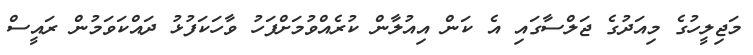
މަޖިލީހުގެ މިއަދުގެ ޖަލްސާގައި އެ ކަން އިއުލާން ކުރެއްވުމަށްފަހު ވާހަކަފުޅު ދައްކަވަމުން ރައީސް